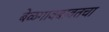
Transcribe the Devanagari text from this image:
बेळगावबाबतचा